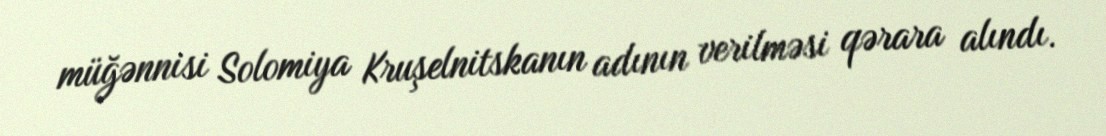
müğənnisi Solomiya Kruşelnitskanın adının verilməsi qərara alındı.